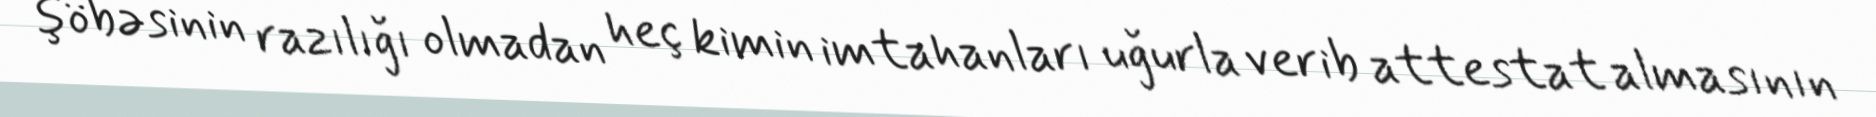
şöbəsinin razılığı olmadan heç kimin imtahanları uğurla verib attestat almasının